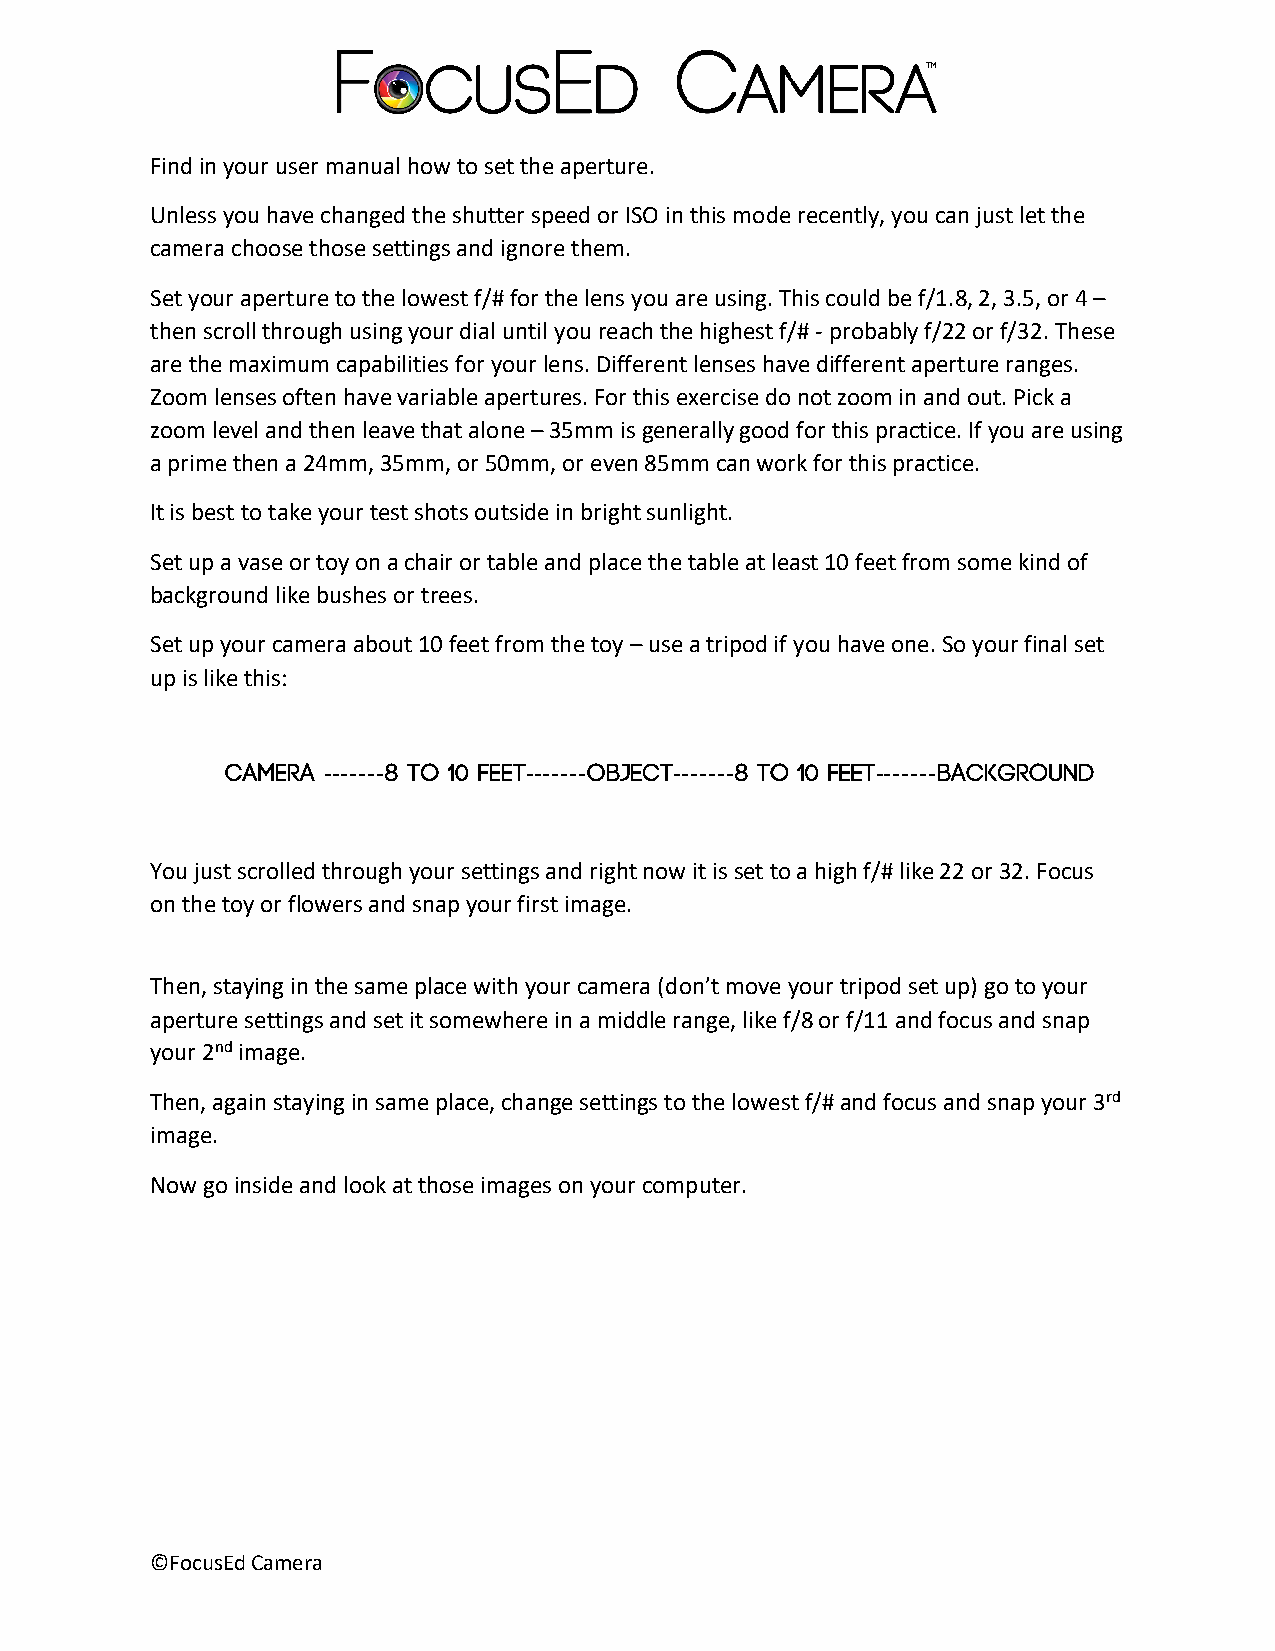
Find in your user manual how to set the aperture.
 Unless you have changed the shutter speed or ISO in this mode recently, you can just let the
 camera choose those settings and ignore them.
 Set your aperture to the lowest f/# for the lens you are using. This could be f/1.8, 2, 3.5, or 4 –
 then scroll through using your dial until you reach the highest f/# - probably f/22 or f/32. These
 are the maximum capabilities for your lens. Different lenses have different aperture ranges.
 Zoom lenses often have variable apertures. For this exercise do not zoom in and out. Pick a
 zoom level and then leave that alone – 35mm is generally good for this practice. If you are using
 a prime then a 24mm, 35mm, or 50mm, or even 85mm can work for this practice.
 It is best to take your test shots outside in bright sunlight.
 Set up a vase or toy on a chair or table and place the table at least 10 feet from some kind of
 background like bushes or trees.
 Set up your camera about 10 feet from the toy – use a tripod if you have one. So your final set
 up is like this:
 -------       -------   -------      -------
 You just scrolled through your settings and right now it is set to a high f/# like 22 or 32. Focus
 on the toy or flowers and snap your first image.
 Then, staying in the same place with your camera (don’t move your tripod set up) go to your
 aperture settings and set it somewhere in a middle range, like f/8 or f/11 and focus and snap
 your 2nd image.
 Then, again staying in same place, change settings to the lowest f/# and focus and snap your 3rd
 image.
 Now go inside and look at those images on your computer.
 ©FocusEd Camera